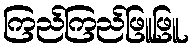
ကြည်ကြည်ဖြူဖြူ